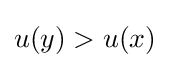
u(y)>u(x)